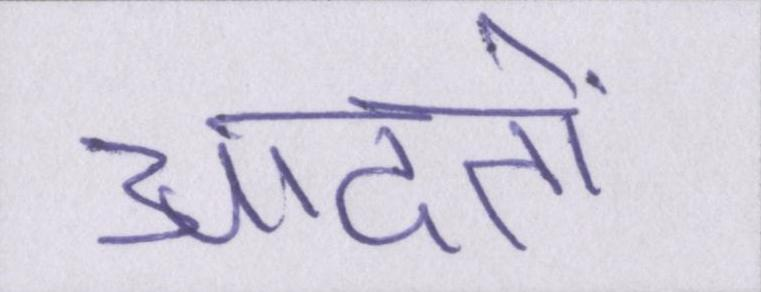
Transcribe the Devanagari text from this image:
आदतों